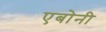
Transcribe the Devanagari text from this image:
एबोनी